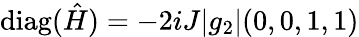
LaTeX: \mathrm{diag}(\hat{H})=-2iJ|g_{2}|(0,0,1,1)